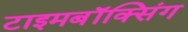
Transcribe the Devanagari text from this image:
टाइमबॉक्सिंग